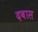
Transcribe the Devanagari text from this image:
दबास